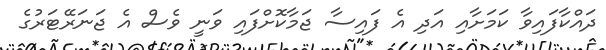
ދައްކާފައިވާ ކަމަށާއި އަދި އެ ފައިސާ ޖަމާކޮށްފައި ވަނީ ވެސް އެ ޖަނަރޭޓަރުގެ